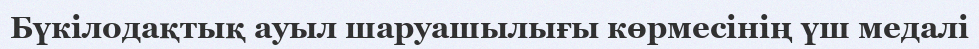
Бүкілодақтық ауыл шаруашылығы көрмесінің үш медалі